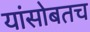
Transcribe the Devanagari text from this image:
यांसोबतच